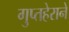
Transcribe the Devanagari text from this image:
गुप्तहेराने